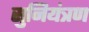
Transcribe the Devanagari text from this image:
सुनियंत्रण